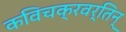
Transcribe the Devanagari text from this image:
कविचक्रवर्तिन्